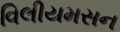
વિલીયમસન